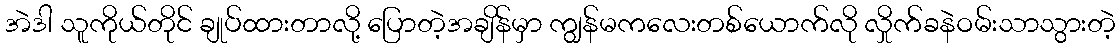
အဲဒါ သူကိုယ်တိုင် ချုပ်ထားတာလို့ ပြောတဲ့အချိန်မှာ ကျွန်မကလေးတစ်ယောက်လို လှိုက်ခနဲဝမ်းသာသွားတဲ့